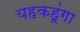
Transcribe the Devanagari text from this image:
यहकहूंगा